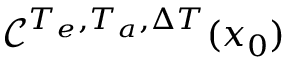
\mathcal { C } ^ { { T _ { e } } , { T _ { a } } , { \Delta T } } ( x _ { 0 } )